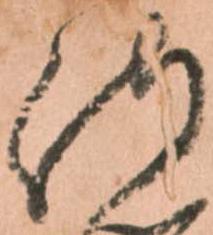
侍